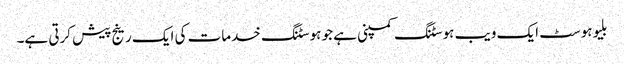
بلیوہوسٹ ایک ویب ہوسٹنگ کمپنی ہے جو ہوسٹنگ خدمات کی ایک رینج پیش کرتی ہے۔